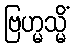
ဗြဟ္မသ္မိံ